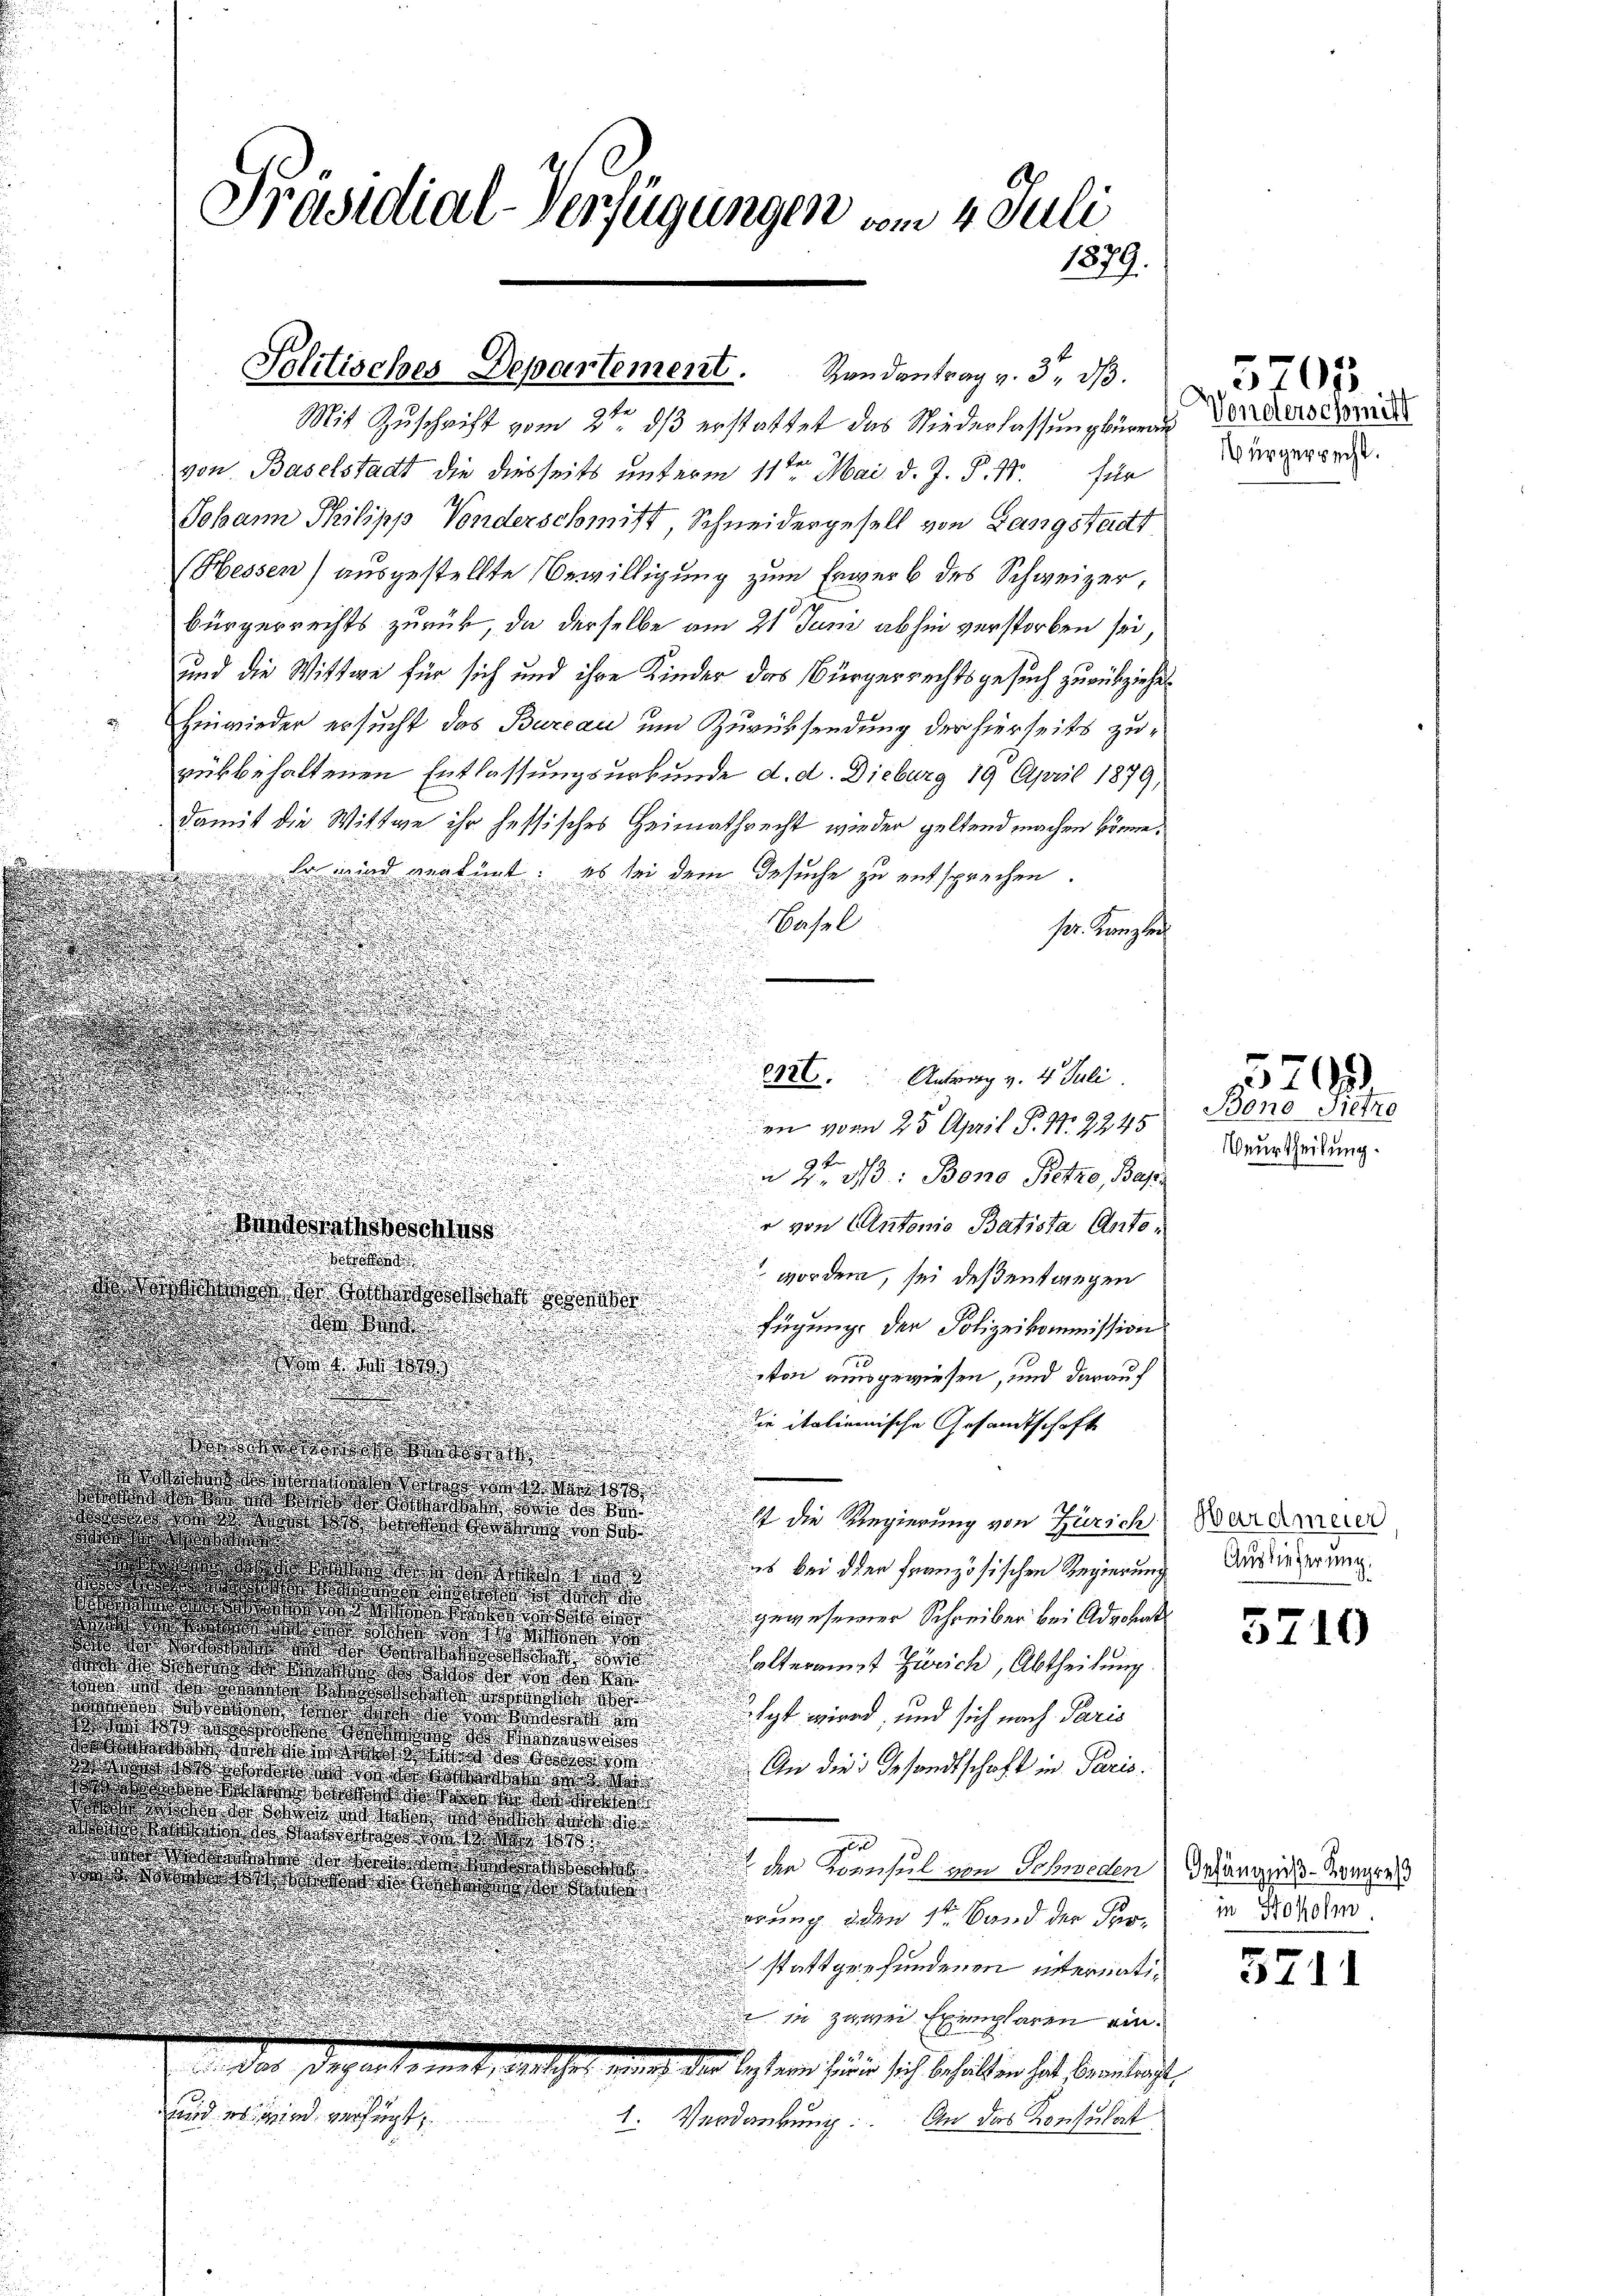
Mit Zuschrift vom 2ten ds erstattet das Niederlassung beren Vorderseite
von Baselstadt die diesseits unterm 11ten Mai d. J. P. 17. für
Johann Philipp Vonderschmitt, Schneidergesell von Langstadt
Hessen) ausgestellte Bewilligung zum Erwerb des Schweizer,
bürgerrechts zurück, da derselbe am 21 Juni abhin verstorben sei
und die Wittwe für sich und ihre Kinder das Bürgerrechtsgesuch zurückziehet
Hinwieder ersucht das Bureau und Zurücksendung der hierseits zurükbehaltenen Entlassungsurkunde d. d. Dieburg 19 April 1879,
damit die Wittwe ihr hessisches Heimathrecht wieder geltend machen könne.
Er wird verfügt: es sei dem Gesuche zu entsprechen.
Basel
pr. Kanzlei
den vom 25 April P. 97. 2245
n 2te 3: Bono Petzo, Bes
u
e von Cantonio Batista Anto¬
Bandesrathsbeschluss

d
vorden, sei deßentangen
osze der wenn
d
fügung der Polizeikommission
.

ton ausgewiesen, und darauf
die italienische Gesandtschafte
s
.

  d
t der das
st die Regierung von Zürich
 da das an den
s

ib bei der französischen Regierung

dort der
gewesener Schreiber bei Advokat

a
Kalteramt Zürich, Abtheilung
  da de
d
a de so das
a
lgt wird, und sich nach Paris
do das
d wie da
An die Gesandtschaft in Paris.
dward des schon d
s ds wird das den
d das d
wen der de
 werde d
der Konsul von Schweden
ds der oder da
wung iden 1ten Band der Prostattgefundenen internatiin zuwei Exemplaren einf 14
 Das Departemet, welche nun der bestern zwar sich behalten hat beranlangt,
wird es wird verfügt
1. Verdankung. An das Konsulat

Präsidial-Verfügungen vom 4. Juli
1879.

Politisches Departement. Handantrag v. 3. ds.

8326. Antrag v. 4. Juli.

Bürgerrecht.

5701

Bono Dietro
Beurtheilung.

5700

Hardmeier
Auslieferung.

5710

5711

Gefängniß-Kongreß
in Hoholm